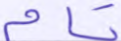
تام